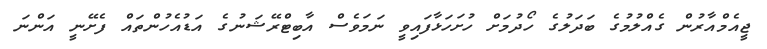
ޖީއެމްއާރުން ގެއްލުމުގެ ބަދަލުގެ ހޯދުމަށް ހުށަހަޅާފައިވީ ނަމަވެސް އާބިޓްރޭޝަނުގެ އަޑުއެހުންތައް ފެށޭނީ އަންނަ